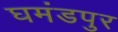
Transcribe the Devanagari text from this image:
घमंडपुर